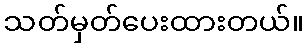
သတ်မှတ်ပေးထားတယ်။